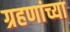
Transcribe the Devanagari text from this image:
ग्रहणांच्या